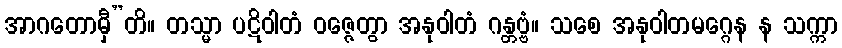
အာဂတောမှီ”တိ။ တသ္မာ ပဋိဝါတံ ဝဇ္ဇေတွာ အနုဝါတံ ဂန္တဗ္ဗံ။ သစေ အနုဝါတမဂ္ဂေန န သက္ကာ